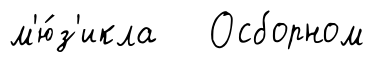
м'ю́з'икла Осборном